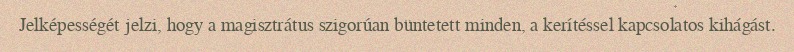
Jelképességét jelzi, hogy a magisztrátus szigorúan büntetett minden, a kerítéssel kapcsolatos kihágást.